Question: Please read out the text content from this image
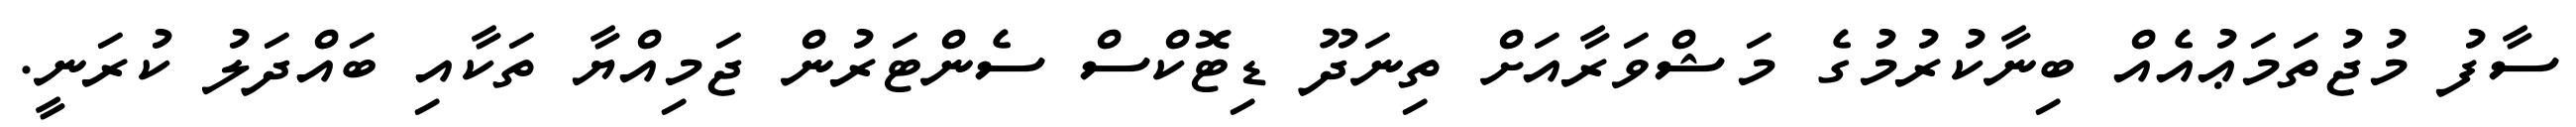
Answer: ސާފު މުޖުތަމަޢުއެއް ބިނާކުރުމުގެ މަޝްވަރާއަށް ތިނަދޫ ޑިޓޮކްސް ސެންޓަރުން ޖަމިއްޔާ ތަކާއި ބައްދަލު ކުރަނީ.